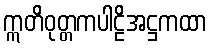
ဣတိဝုတ္တကပါဠိအဋ္ဌကထာ